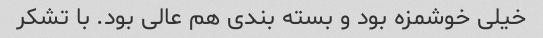
خیلی خوشمزه بود و بسته بندی هم عالی بود. با تشکر